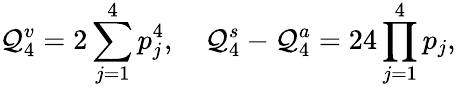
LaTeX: \mathcal{Q}_{4}^{v}=2\sum_{j=1}^{4}p_{j}^{4},\quad\mathcal{Q}_{4}^{s}-\mathcal{Q}_{4}^{a}=24\prod_{j=1}^{4}p_{j},